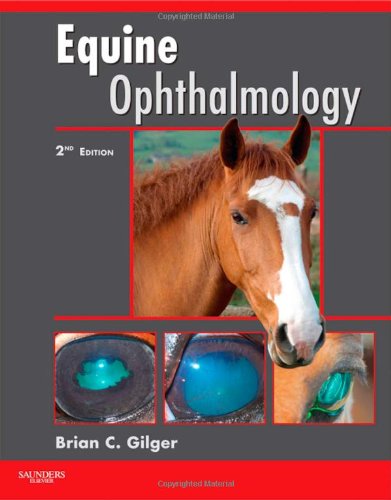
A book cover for Equine Ophthalmology, 2e; Brian Gilger DVM  MS  Dipl ACVO; Medical Books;